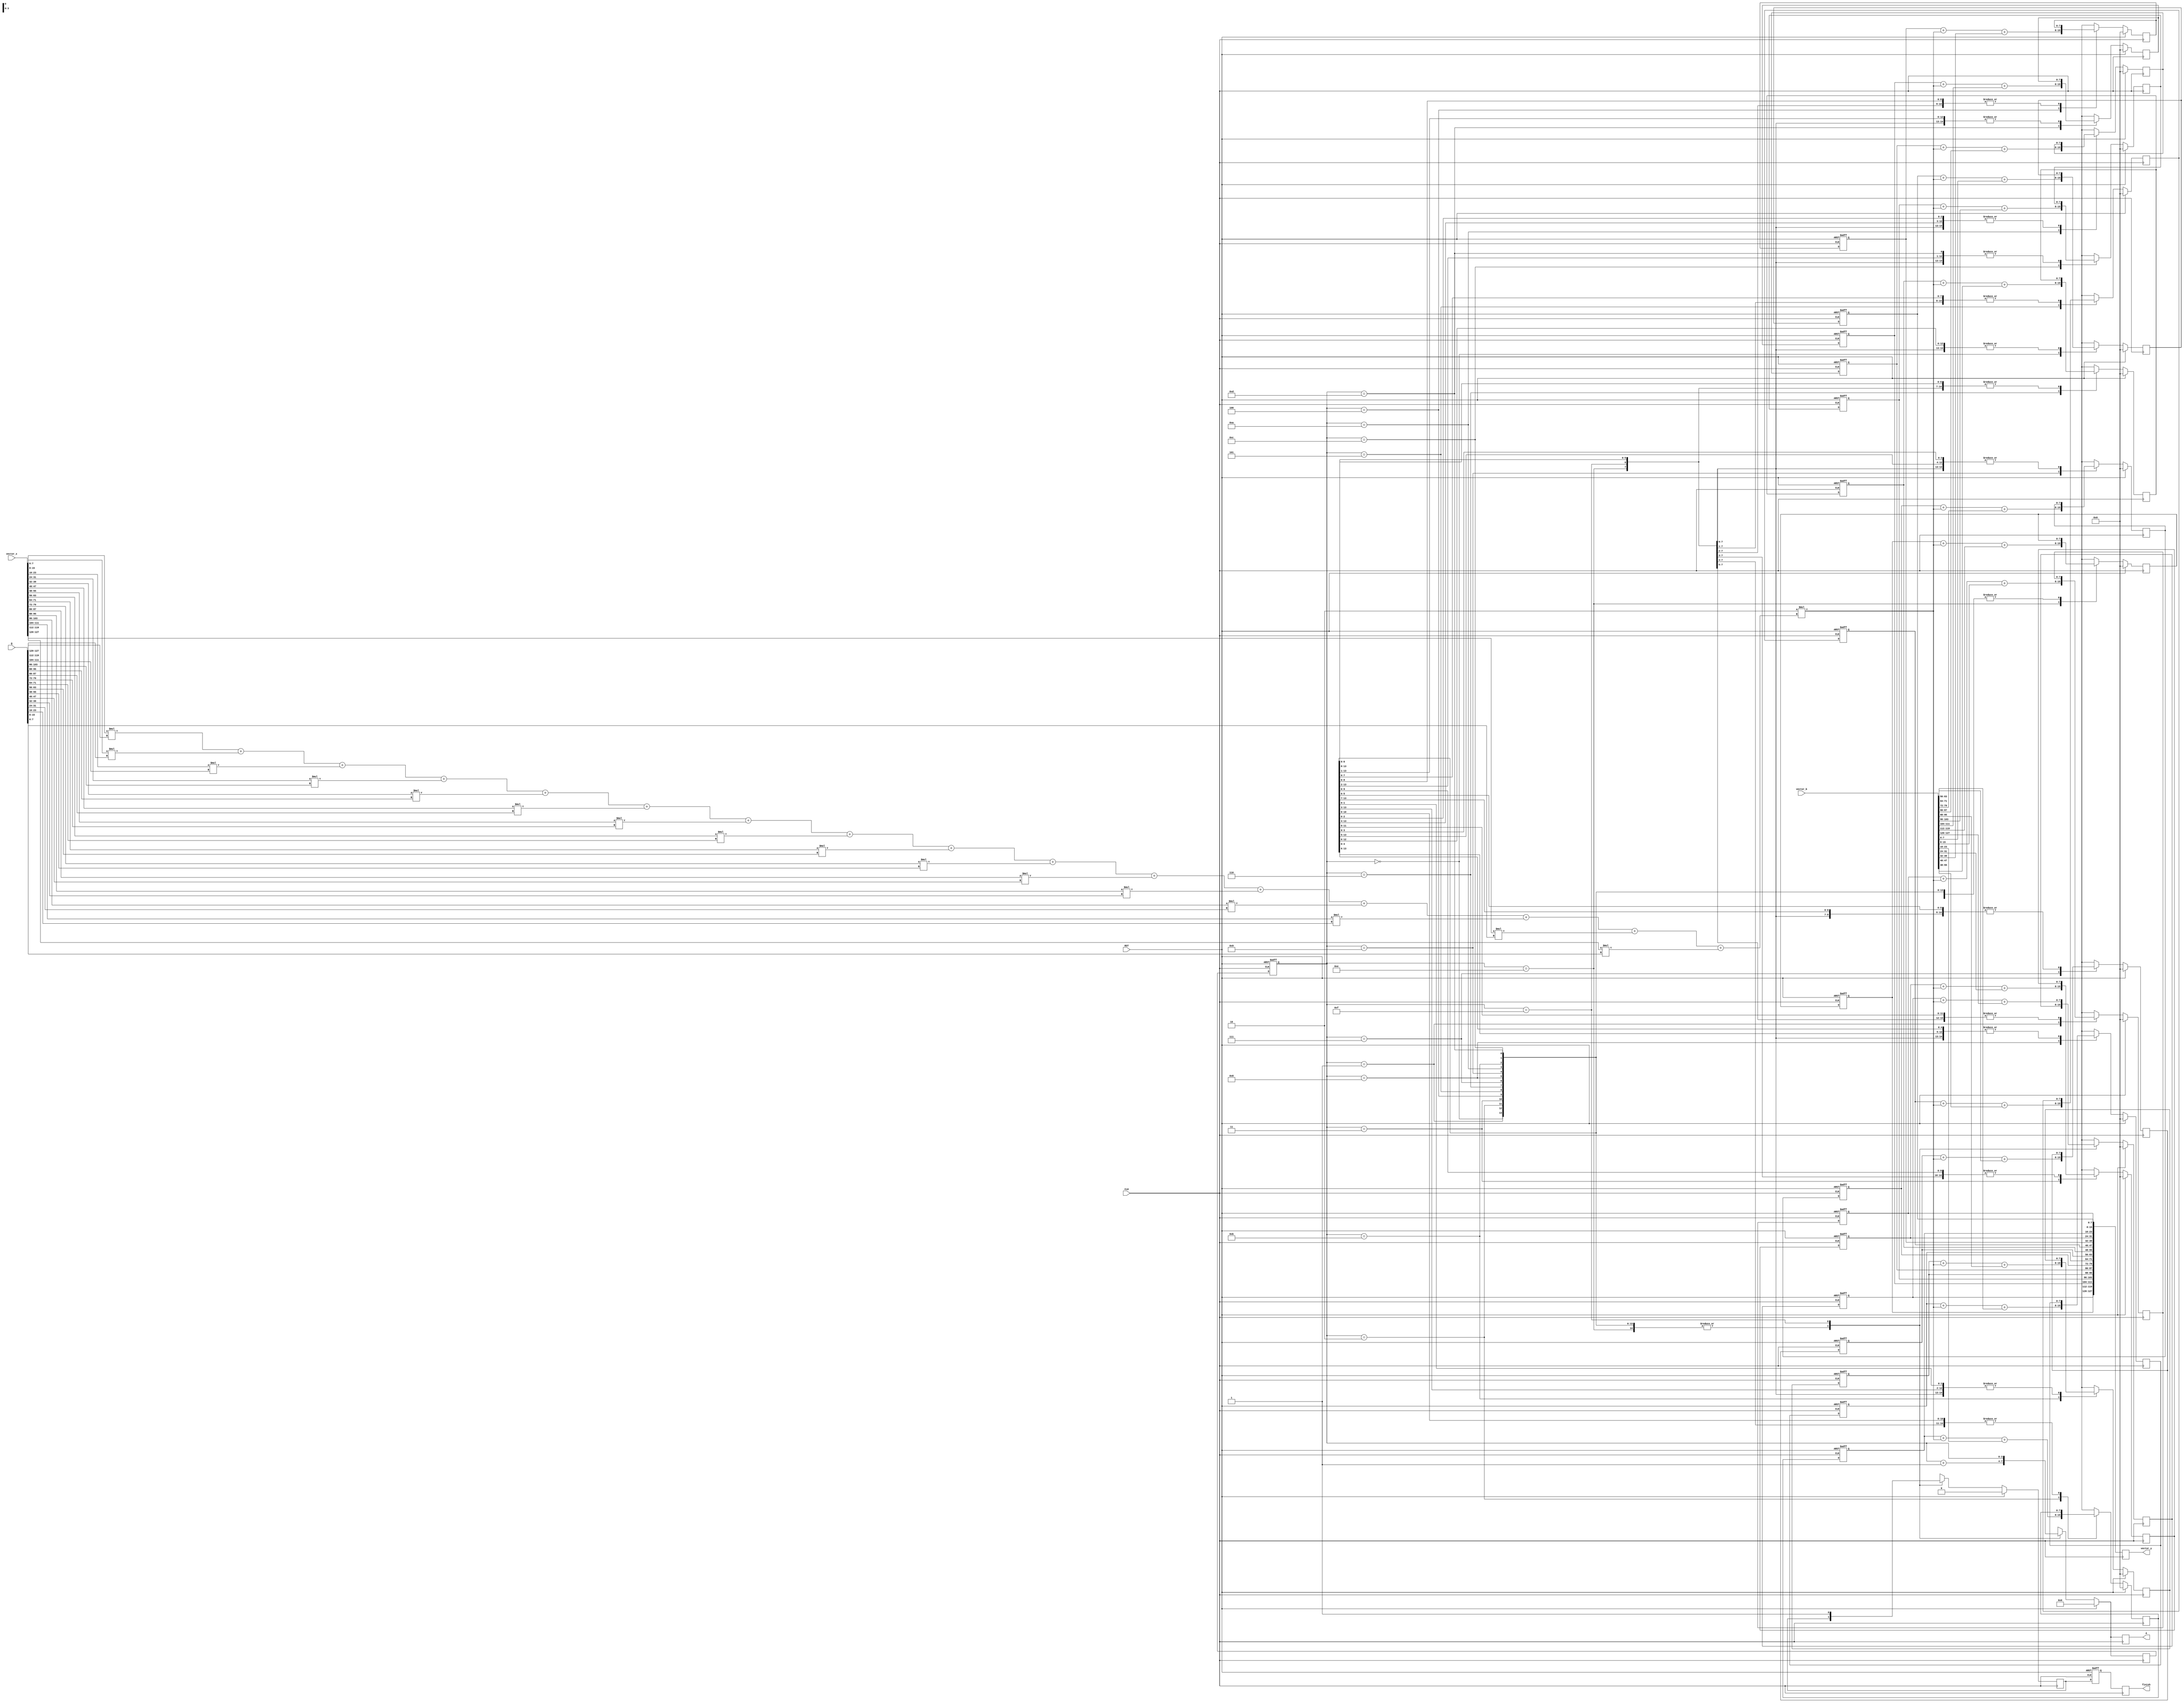
module matvecmult(
    CLK,
    RST,
    vector_x,
    vector_b,
    vector_y,
    Q,
    A,
    finish
);

input               CLK;
input               RST;
input       [127:0]	vector_x;
input       [127:0]	vector_b;
output  reg [127:0]	vector_y;
input       [127:0]	Q;
output  reg [3:0]   A;
output  reg         finish;

reg [7:0] vector_x_r      [15:0];
reg [7:0] vector_b_r      [15:0];
reg [7:0] vector_y_r      [15:0], vector_y_w      [15:0];
reg [7:0] part_matrix_a_r [15:0], part_matrix_a_w [15:0];
reg [7:0] temp;
reg [3:0] counter_w, counter_r;
reg       finish_w, finish_r;

always @(posedge CLK) begin
    {vector_x_r[0],  vector_x_r[1],  vector_x_r[2],  vector_x_r[3],
     vector_x_r[4],  vector_x_r[5],  vector_x_r[6],  vector_x_r[7],
     vector_x_r[8],  vector_x_r[9],  vector_x_r[10], vector_x_r[11],
     vector_x_r[12], vector_x_r[13], vector_x_r[14], vector_x_r[15]} = vector_x;

    {vector_b_r[0],  vector_b_r[1],  vector_b_r[2],  vector_b_r[3],
     vector_b_r[4],  vector_b_r[5],  vector_b_r[6],  vector_b_r[7],
     vector_b_r[8],  vector_b_r[9],  vector_b_r[10], vector_b_r[11],
     vector_b_r[12], vector_b_r[13], vector_b_r[14], vector_b_r[15]} = vector_b;

    {part_matrix_a_w[15], part_matrix_a_w[14], part_matrix_a_w[13], part_matrix_a_w[12],
     part_matrix_a_w[11], part_matrix_a_w[10], part_matrix_a_w[9],  part_matrix_a_w[8],
     part_matrix_a_w[7],  part_matrix_a_w[6],  part_matrix_a_w[5],  part_matrix_a_w[4],
     part_matrix_a_w[3],  part_matrix_a_w[2],  part_matrix_a_w[1],  part_matrix_a_w[0]} = Q;

    temp = 2 * (vector_x_r[15] *  part_matrix_a_w[15] + 
                vector_x_r[14] *  part_matrix_a_w[14] + 
                vector_x_r[13] *  part_matrix_a_w[13] + 
                vector_x_r[12] *  part_matrix_a_w[12] + 
                vector_x_r[11] *  part_matrix_a_w[11] + 
                vector_x_r[10] *  part_matrix_a_w[10] + 
                vector_x_r[9]  *  part_matrix_a_w[9]  + 
                vector_x_r[8]  *  part_matrix_a_w[8]  + 
                vector_x_r[7]  *  part_matrix_a_w[7]  + 
                vector_x_r[6]  *  part_matrix_a_w[6]  + 
                vector_x_r[5]  *  part_matrix_a_w[5]  + 
                vector_x_r[4]  *  part_matrix_a_w[4]  + 
                vector_x_r[3]  *  part_matrix_a_w[3]  + 
                vector_x_r[2]  *  part_matrix_a_w[2]  + 
                vector_x_r[1]  *  part_matrix_a_w[1]  + 
                vector_x_r[0]  *  part_matrix_a_w[0]);

    counter_w = counter_r;

    if (RST) begin
        counter_w = 0;
        finish_w = 0;
        {vector_y_w[15], vector_y_w[14], vector_y_w[13], vector_y_w[12],
         vector_y_w[11], vector_y_w[10], vector_y_w[9],  vector_y_w[8],
         vector_y_w[7],  vector_y_w[6],  vector_y_w[5],  vector_y_w[4],
         vector_y_w[3],  vector_y_w[2],  vector_y_w[1],  vector_y_w[0]} = 128'b0;
    end
    else begin
        case (counter_r)
            4'b0000: begin
                vector_y_w[0] = vector_y_r[0] + temp + vector_b_r[15];
                counter_w = counter_r + 1'b1;
            end
            4'b0001: begin
                vector_y_w[1] = vector_y_r[1] + temp + vector_b_r[14];
                counter_w = counter_r + 1'b1;
            end
            4'b0010: begin
                vector_y_w[2] = vector_y_r[2] + temp + vector_b_r[13];
                counter_w = counter_r + 1'b1;
            end
            4'b0011: begin
                vector_y_w[3] = vector_y_r[3] + temp + vector_b_r[12];
                counter_w = counter_r + 1'b1;
            end
            4'b0100: begin
                vector_y_w[4] = vector_y_r[4] + temp + vector_b_r[11];
                counter_w = counter_r + 1'b1;
            end
            4'b0101: begin
                vector_y_w[5] = vector_y_r[5] + temp + vector_b_r[10];
                counter_w = counter_r + 1'b1;
            end
            4'b0110: begin
                vector_y_w[6] = vector_y_r[6] + temp + vector_b_r[9];
                counter_w = counter_r + 1'b1;
            end
            4'b0111: begin
                vector_y_w[7] = vector_y_r[7] + temp + vector_b_r[8];
                counter_w = counter_r + 1'b1;
            end
            4'b1000: begin
                vector_y_w[8] = vector_y_r[8] + temp + vector_b_r[7];
                counter_w = counter_r + 1'b1;
            end
            4'b1001: begin
                vector_y_w[9] = vector_y_r[9] + temp + vector_b_r[6];
                counter_w = counter_r + 1'b1;
            end
            4'b1010: begin
                vector_y_w[10] = vector_y_r[10] + temp + vector_b_r[5];
                counter_w = counter_r + 1'b1;
            end
            4'b1011: begin
                vector_y_w[11] = vector_y_r[11] + temp + vector_b_r[4];
                counter_w = counter_r + 1'b1;
            end
            4'b1100: begin
                vector_y_w[12] = vector_y_r[12] + temp + vector_b_r[3];
                counter_w = counter_r + 1'b1;
            end
            4'b1101: begin
                vector_y_w[13] = vector_y_r[13] + temp + vector_b_r[2];
                counter_w = counter_r + 1'b1;
            end
            4'b1110: begin
                vector_y_w[14] = vector_y_r[14] + temp + vector_b_r[1];
                counter_w = counter_r + 1'b1;
            end
            4'b1111: begin
                vector_y_w[15] = vector_y_r[15] + temp + vector_b_r[0];
                finish_w = 1;
            end
            default: begin
                counter_w = counter_r;
            end
        endcase
    end

    finish = finish_r;
    A = counter_w;
    vector_y = {vector_y_r[15], vector_y_r[14], vector_y_r[13], vector_y_r[12],
                vector_y_r[11], vector_y_r[10], vector_y_r[9],  vector_y_r[8],
                vector_y_r[7],  vector_y_r[6],  vector_y_r[5],  vector_y_r[4],
                vector_y_r[3],  vector_y_r[2],  vector_y_r[1],  vector_y_r[0]};
end


always @(posedge CLK or posedge RST) begin
    if (RST) begin
        // reset
        counter_r <= 0;
        finish_r <= 0;

        {vector_y_r[15], vector_y_r[14], vector_y_r[13], vector_y_r[12],
         vector_y_r[11], vector_y_r[10], vector_y_r[9],  vector_y_r[8],
         vector_y_r[7],  vector_y_r[6],  vector_y_r[5],  vector_y_r[4],
         vector_y_r[3],  vector_y_r[2],  vector_y_r[1],  vector_y_r[0]} <= 128'b0;

        {part_matrix_a_r[15], part_matrix_a_r[14], part_matrix_a_r[13], part_matrix_a_r[12],
         part_matrix_a_r[11], part_matrix_a_r[10], part_matrix_a_r[9],  part_matrix_a_r[8],
         part_matrix_a_r[7],  part_matrix_a_r[6],  part_matrix_a_r[5],  part_matrix_a_r[4],
         part_matrix_a_r[3],  part_matrix_a_r[2],  part_matrix_a_r[1],  part_matrix_a_r[0]} <= 128'b0;
    end
    else begin
        counter_r <= counter_w;
        finish_r <= finish_w;

        vector_y_r[15] <= vector_y_w[15];
        vector_y_r[14] <= vector_y_w[14];
        vector_y_r[13] <= vector_y_w[13];
        vector_y_r[12] <= vector_y_w[12];
        vector_y_r[11] <= vector_y_w[11];
        vector_y_r[10] <= vector_y_w[10];
        vector_y_r[9]  <= vector_y_w[9];
        vector_y_r[8]  <= vector_y_w[8];
        vector_y_r[7]  <= vector_y_w[7];
        vector_y_r[6]  <= vector_y_w[6];
        vector_y_r[5]  <= vector_y_w[5];
        vector_y_r[4]  <= vector_y_w[4];
        vector_y_r[3]  <= vector_y_w[3];
        vector_y_r[2]  <= vector_y_w[2];
        vector_y_r[1]  <= vector_y_w[1];
        vector_y_r[0]  <= vector_y_w[0];

        part_matrix_a_r[15] <= part_matrix_a_w[15];
        part_matrix_a_r[14] <= part_matrix_a_w[14];
        part_matrix_a_r[13] <= part_matrix_a_w[13];
        part_matrix_a_r[12] <= part_matrix_a_w[12];
        part_matrix_a_r[11] <= part_matrix_a_w[11];
        part_matrix_a_r[10] <= part_matrix_a_w[10];
        part_matrix_a_r[9]  <= part_matrix_a_w[9];
        part_matrix_a_r[8]  <= part_matrix_a_w[8];
        part_matrix_a_r[7]  <= part_matrix_a_w[7];
        part_matrix_a_r[6]  <= part_matrix_a_w[6];
        part_matrix_a_r[5]  <= part_matrix_a_w[5];
        part_matrix_a_r[4]  <= part_matrix_a_w[4];
        part_matrix_a_r[3]  <= part_matrix_a_w[3];
        part_matrix_a_r[2]  <= part_matrix_a_w[2];
        part_matrix_a_r[1]  <= part_matrix_a_w[1];
        part_matrix_a_r[0]  <= part_matrix_a_w[0];
    end
end

endmodule